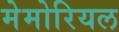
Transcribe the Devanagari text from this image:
मेमोरियल